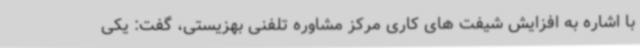
با اشاره به افزایش شیفت های کاری مرکز مشاوره تلفنی بهزیستی، گفت: یکی